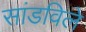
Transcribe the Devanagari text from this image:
सांडविले